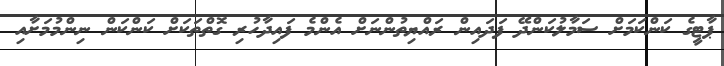
ޕާޓީގެ ކަންކަމަށް ސަމާލުކަންދޭ ފަދައިން ރައްޔިތުންނަށް އެންމެ ފައިދާހުރި ގޮތްތަކަށް ކަންކަން ނިންމުމަށާއި